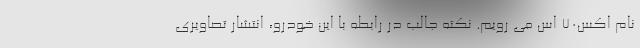
نام اکس70 اس می رویم. نکته جالب در رابطه با این خودرو، انتشار تصاویری